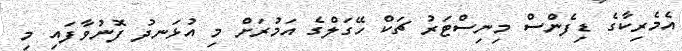
އެމެރިކާގެ ޑިފެންސް މިނިސްޓަރު ޗަކް ހޭގަލްގެ އަމުރަށް މި އުޅަނދު ފޮނުވާފައި މި